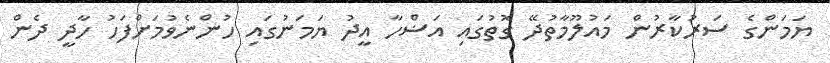
ޔަމަންގެ ސަރުކާރުން މައުލޫމާތުދޭ ގޮތުގައި އަޟްހާ އީދު ޔަމަނުގައި ހުންނެވުމަށްފަހު ހާދީ ދެން